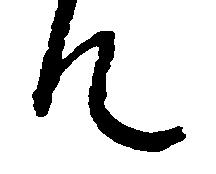
て